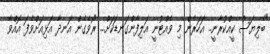
"ބެލިޔަސް ކީއްކުރާނީ.. އަހަރެން މި ވެއްޓުނީ އަލިފާންގަނޑަކަށް... ރޯވެގެން އަނދާ އަޅިއަށްވެފަ އޮއްވާ